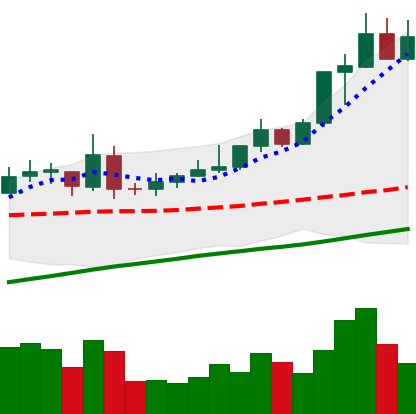
Ticker: XMR-USD
Chart end date: 2020-07-30
Forward return: 7.614%
Label: up_7plus